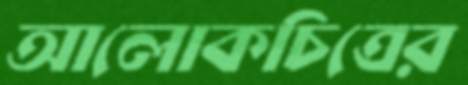
আলোকচিত্রের